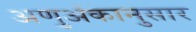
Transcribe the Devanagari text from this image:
अणुअंकानुसार